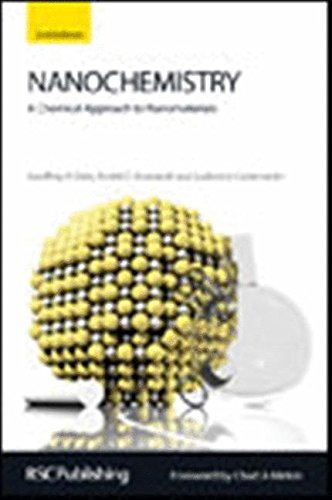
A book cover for Nanochemistry: A Chemical Approach to Nanomaterials; Geoffrey A Ozin; Science & Math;